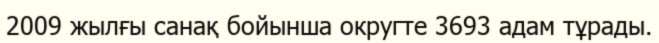
2009 жылғы санақ бойынша округте 3693 адам тұрады.